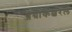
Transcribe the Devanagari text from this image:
ॲग्रीकल्चरल